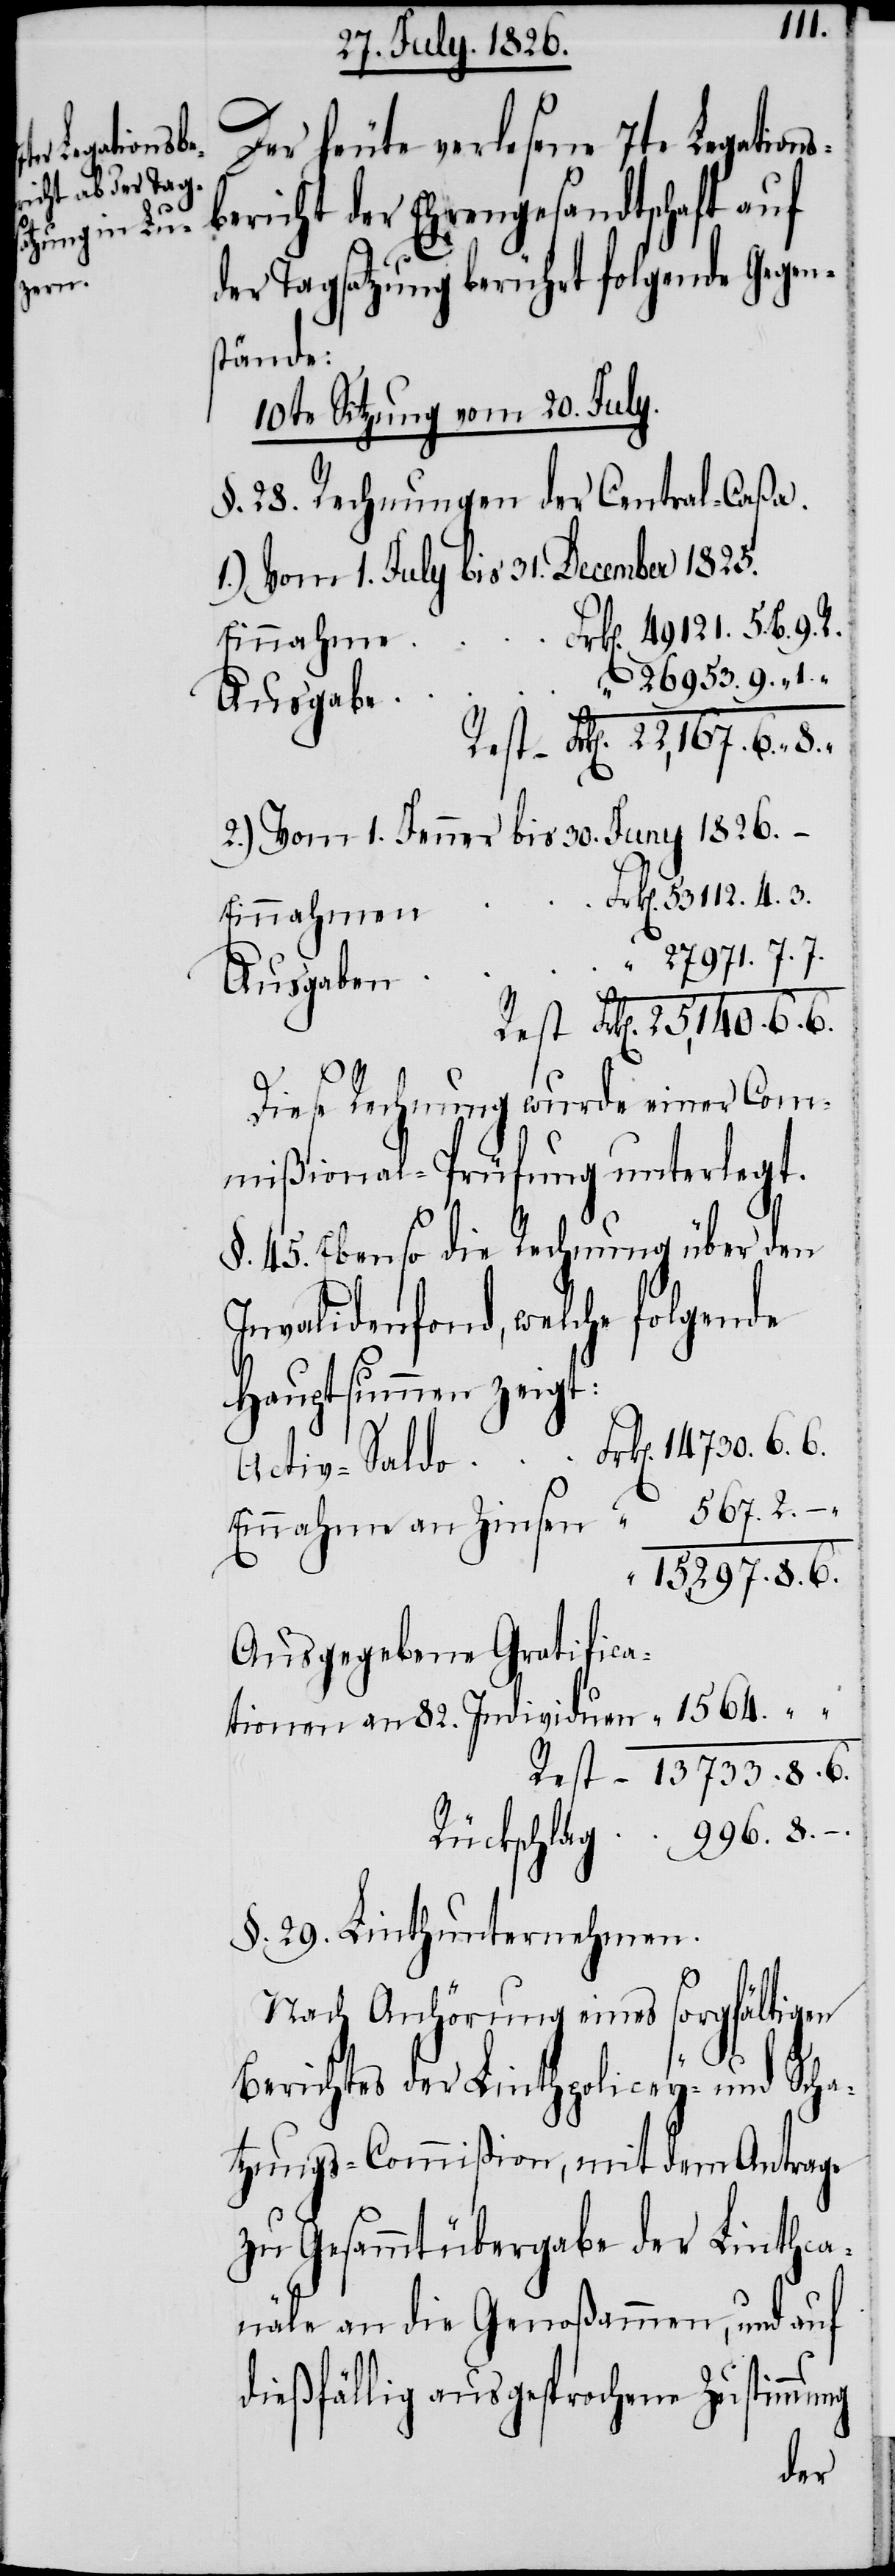
Der heute verlesene 7te Legations¬
bericht der Ehrengesandtschaft auf
der Tagsatzung berührt folgende Gegen¬
stände:
10te Sitzung vom 20. July
§. 28. Rechnungen der Central-Caßa.
1.) Vom 1. July bis 31. December 1825.
Einnahme
14730. 6. 6.
Ausgaben
2.) Vom 1. Jenner bis 30. Juny 1826.
27971. 7. 7.
Diese Rechnung wurde einer Com¬
mißional-Prüfung unterlegt.
§. 45. Ebenso die Rechnung über den
Invalidenfond, welche folgende
Hauptsummen zeigt:
13733. 8. 6.
Ausgegebene Gratifica¬
tionen an 82. Individuen
§. 29. Linthunternehmen.
Nach Anhörung eines sorgfältigen
Berichtes der Linthpolicey- und Scha¬
tzungs-Commißion, mit dem Antrage
zu Gesammtübergabe der Linthca¬
näle an die Genoßammen, und auf
dießfällig ausgesprochene Zustimmung